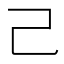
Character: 己